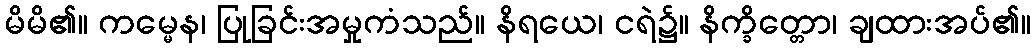
မိမိ၏။ ကမ္မေန၊ ပြုခြင်းအမှုကံသည်။ နိရယေ၊ ငရဲ၌။ နိက္ခိတ္တော၊ ချထားအပ်၏။